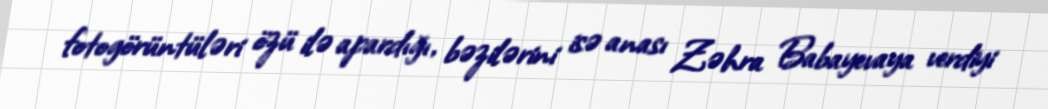
fotogörüntüləri özü ilə apardığı, bəzilərini isə anası Zəhra Babayevaya verdiyi